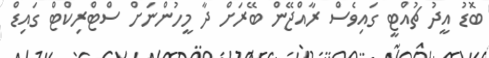
ބޮޑު އީދު ޗުއްޓީ ގައިވެސް ރާއްޖޭން ބޭރަށް ދާ މީހުންނަށް ސްޓްރިކްޓް ގައިޑް